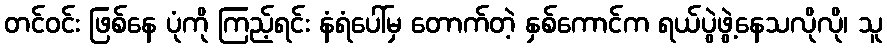
တင်ဝင်း ဖြစ်နေ ပုံကို ကြည့်ရင်း နံရံပေါ်မှ တောက်တဲ့ နှစ်ကောင်က ရယ်ပွဲဖွဲ့နေသလိုလို၊ သူ